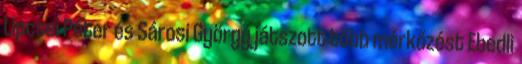
Lipcsei Péter és Sárosi György játszott több mérkőzést Ebedli